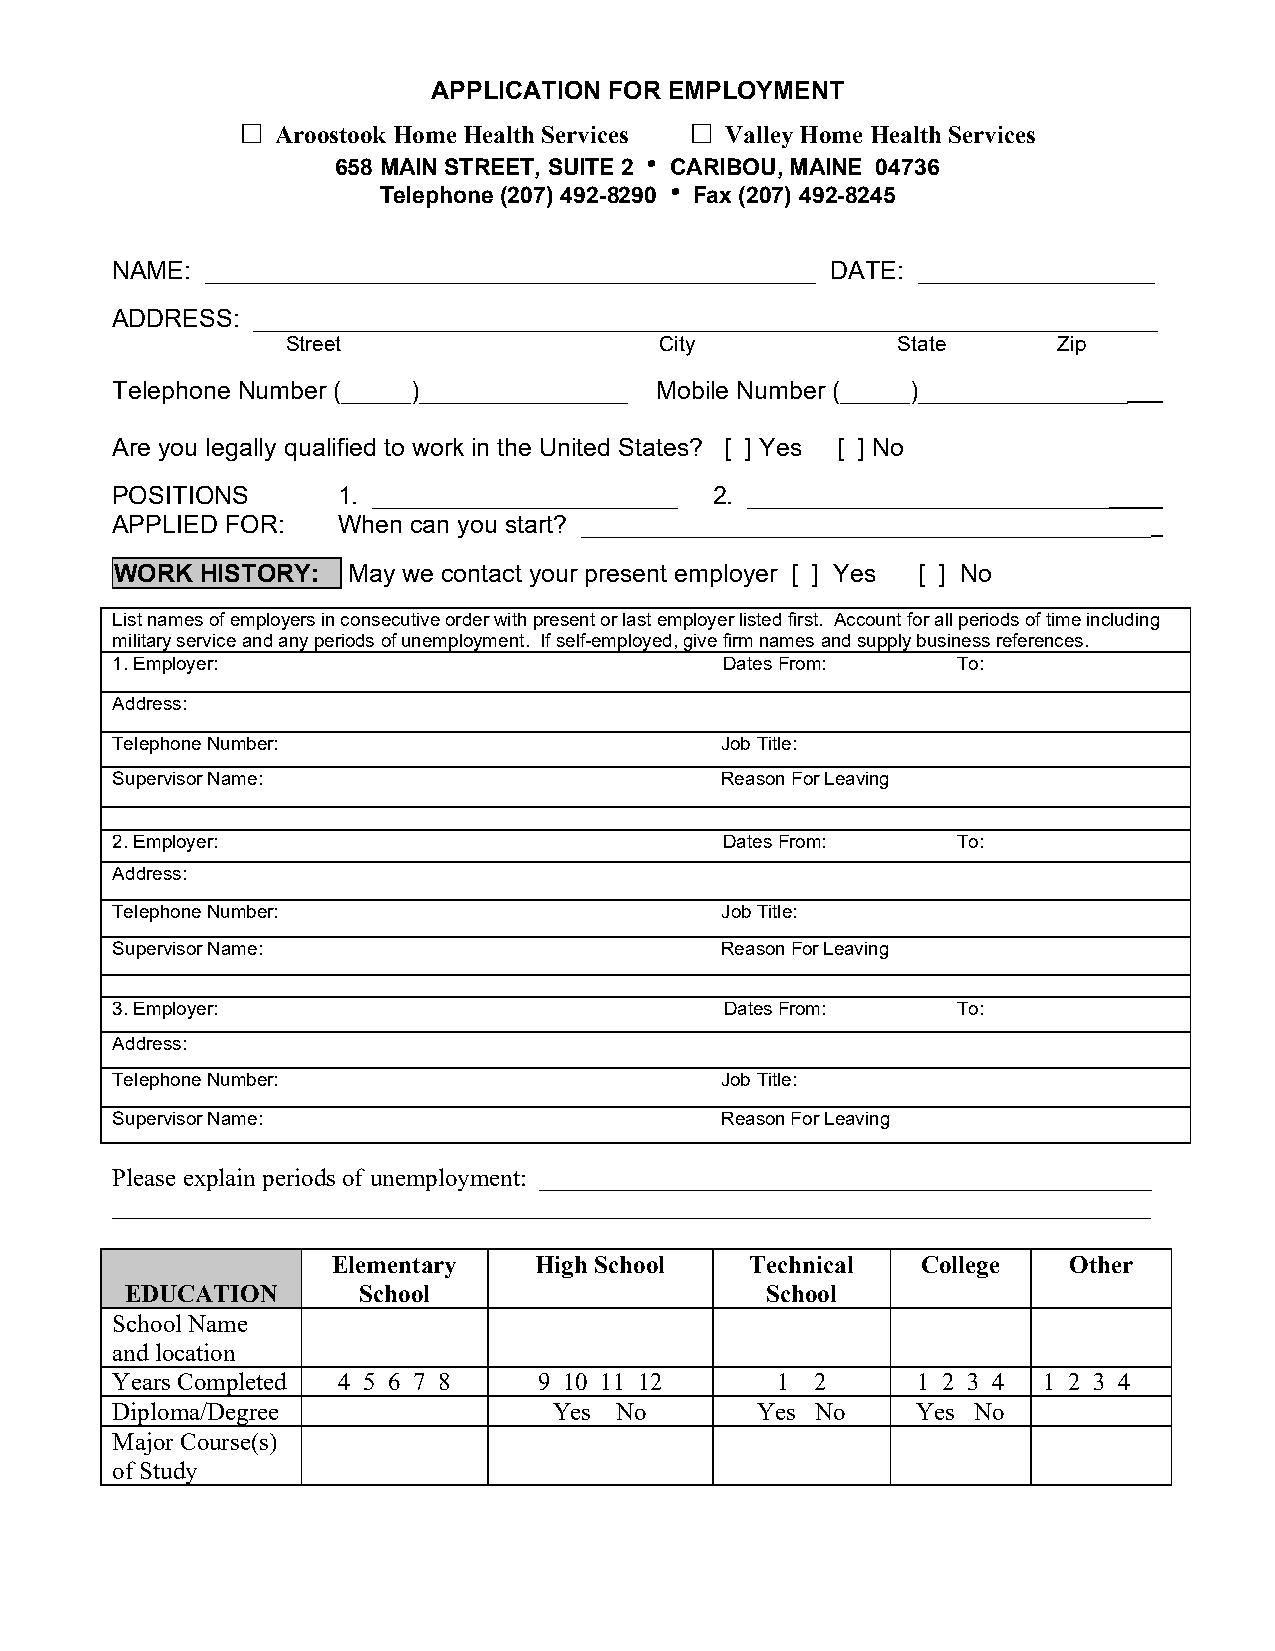
APPLICATION FOR EMPLOYMENT
 □                             □
 Aroostook Home Health Services Valley Home Health Services
 658 MAIN STREET, SUITE 2  CARIBOU, MAINE 04736
 Telephone (207) 492-8290  Fax (207) 492-8245
 NAME:  ____________________________________________ DATE: _________________
 ADDRESS:  _________________________________________________________________
 Street                   City           State      Zip
 Telephone Number (_____)_______________ Mobile Number (_____)_______________
 Are you legally qualified to work in the United States? [ ] Yes [ ] No
 POSITIONS      1. ______________________ 2. __________________________
 APPLIED FOR:   When can you start? _________________________________________
 WORK HISTORY:  May we contact your present employer [ ] Yes [ ] No
 List names of employers in consecutive order with present or last employer listed first. Account for all periods of time including
 military service and any periods of unemployment. If self-employed, give firm names and supply business references.
 1. Employer:                             Dates From:    To:
 Address:
 Telephone Number:                        Job Title:
 Supervisor Name:                         Reason For Leaving
 2. Employer:                             Dates From:    To:
 Address:
 Telephone Number:                        Job Title:
 Supervisor Name:                         Reason For Leaving
 3. Employer:                             Dates From:    To:
 Address:
 Telephone Number:                        Job Title:
 Supervisor Name:                         Reason For Leaving
 Please explain periods of unemployment: _________________________________________________
 ___________________________________________________________________________________
 Elementary   High School    Technical  College   Other
 EDUCATION       School                     School
 School Name
 and location
 Years Completed 4 5 6 7 8    9 10 11 12     1  2      1 2 3 4 1 2 3 4
 Diploma/Degree                Yes No       Yes No     Yes No
 Major Course(s)
 of Study